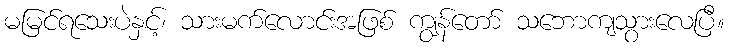
မမြင်ရသေးပဲနှင့်၊ သားမက်လောင်းအဖြစ် ကျွန်တော် သဘောကျသွားလေပြီ။